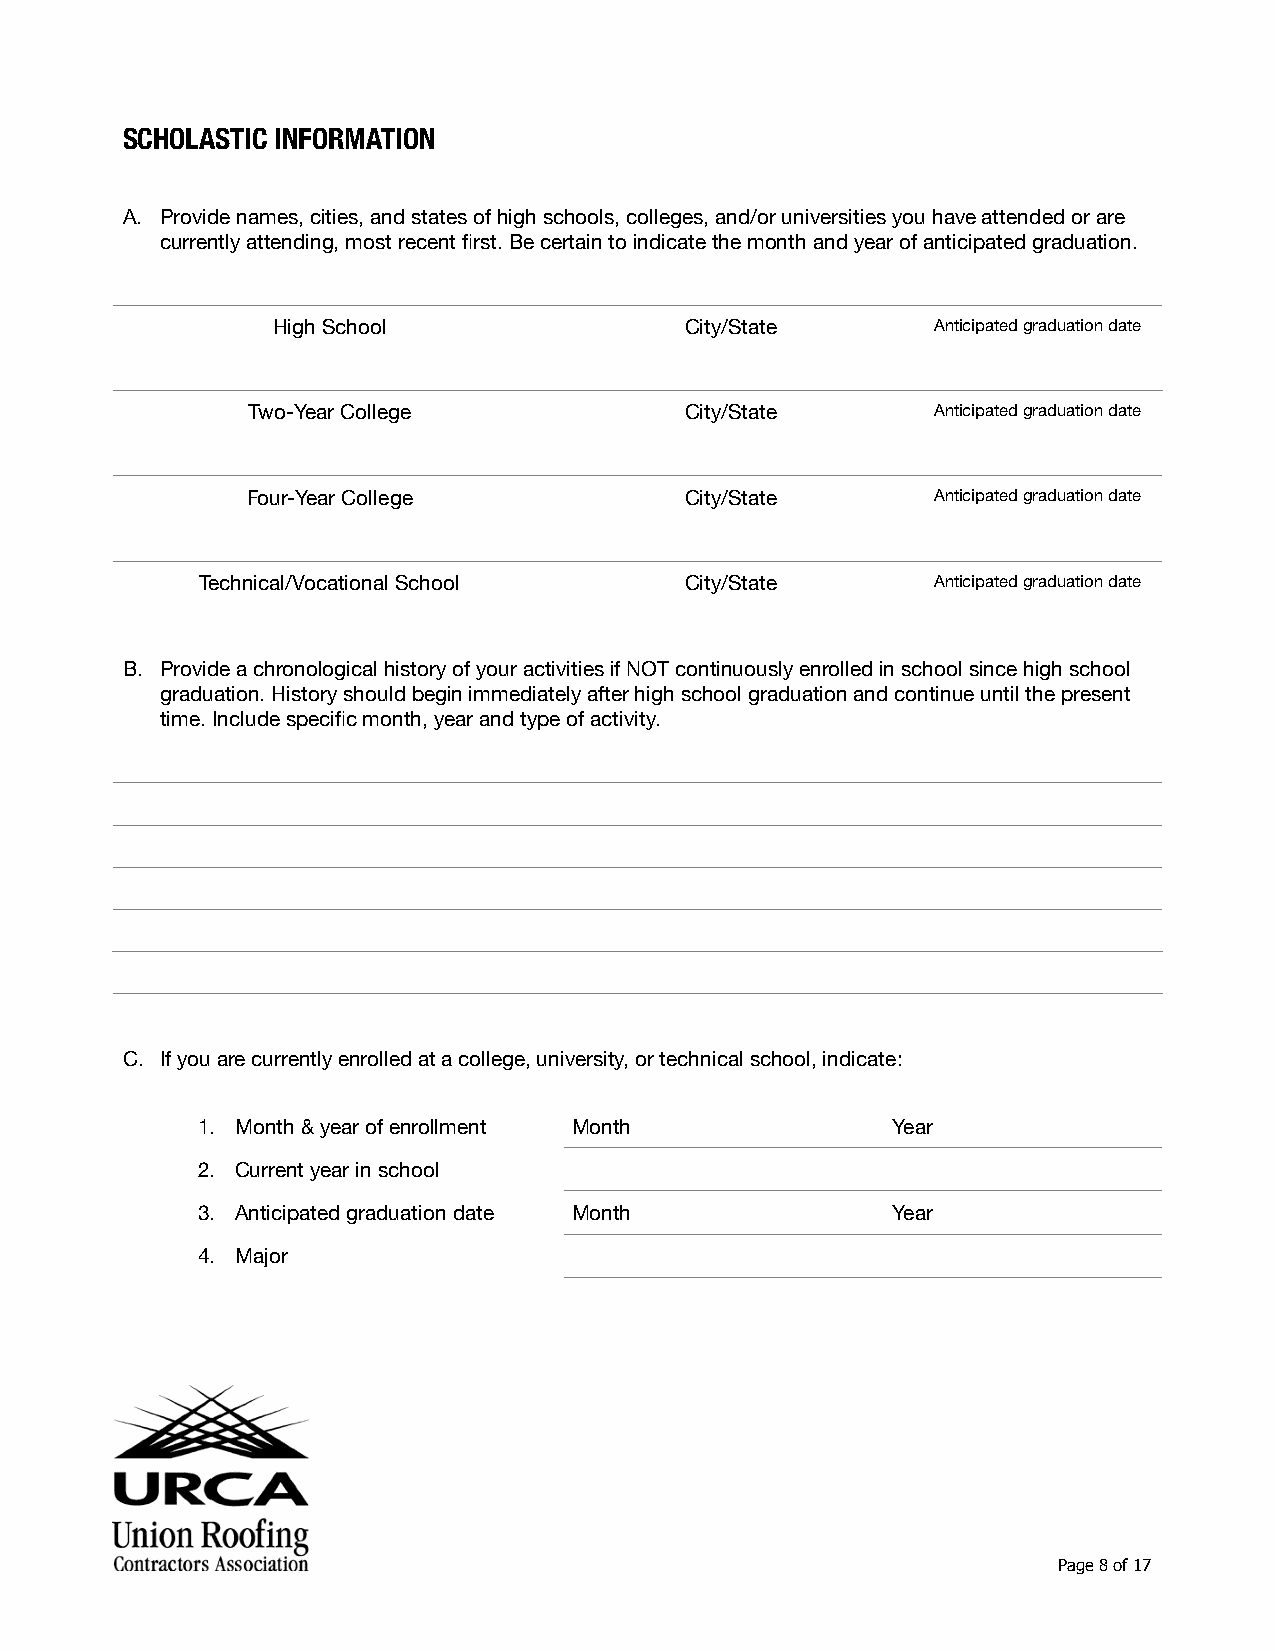
SCHOLASTIC INFORMATION
 A. Provide names, cities, and states of high schools, colleges, and/or universities you have attended or are
 currently attending, most recent first. Be certain to indicate the month and year of anticipated graduation.
 High School                City/State       Anticipated graduation date
 Two-Year College             City/State       Anticipated graduation date
 Four-Year College            City/State       Anticipated graduation date
 Technical/Vocational School     City/State       Anticipated graduation date
 B. Provide a chronological history of your activities if NOT continuously enrolled in school since high school
 graduation. History should begin immediately after high school graduation and continue until the present
 time. Include specific month, year and type of activity.
 C. If you are currently enrolled at a college, university, or technical school, indicate:
 1. Month & year of enrollment Month           Year
 2. Current year in school
 3. Anticipated graduation date Month          Year
 4. Major
 Page 8 of 17